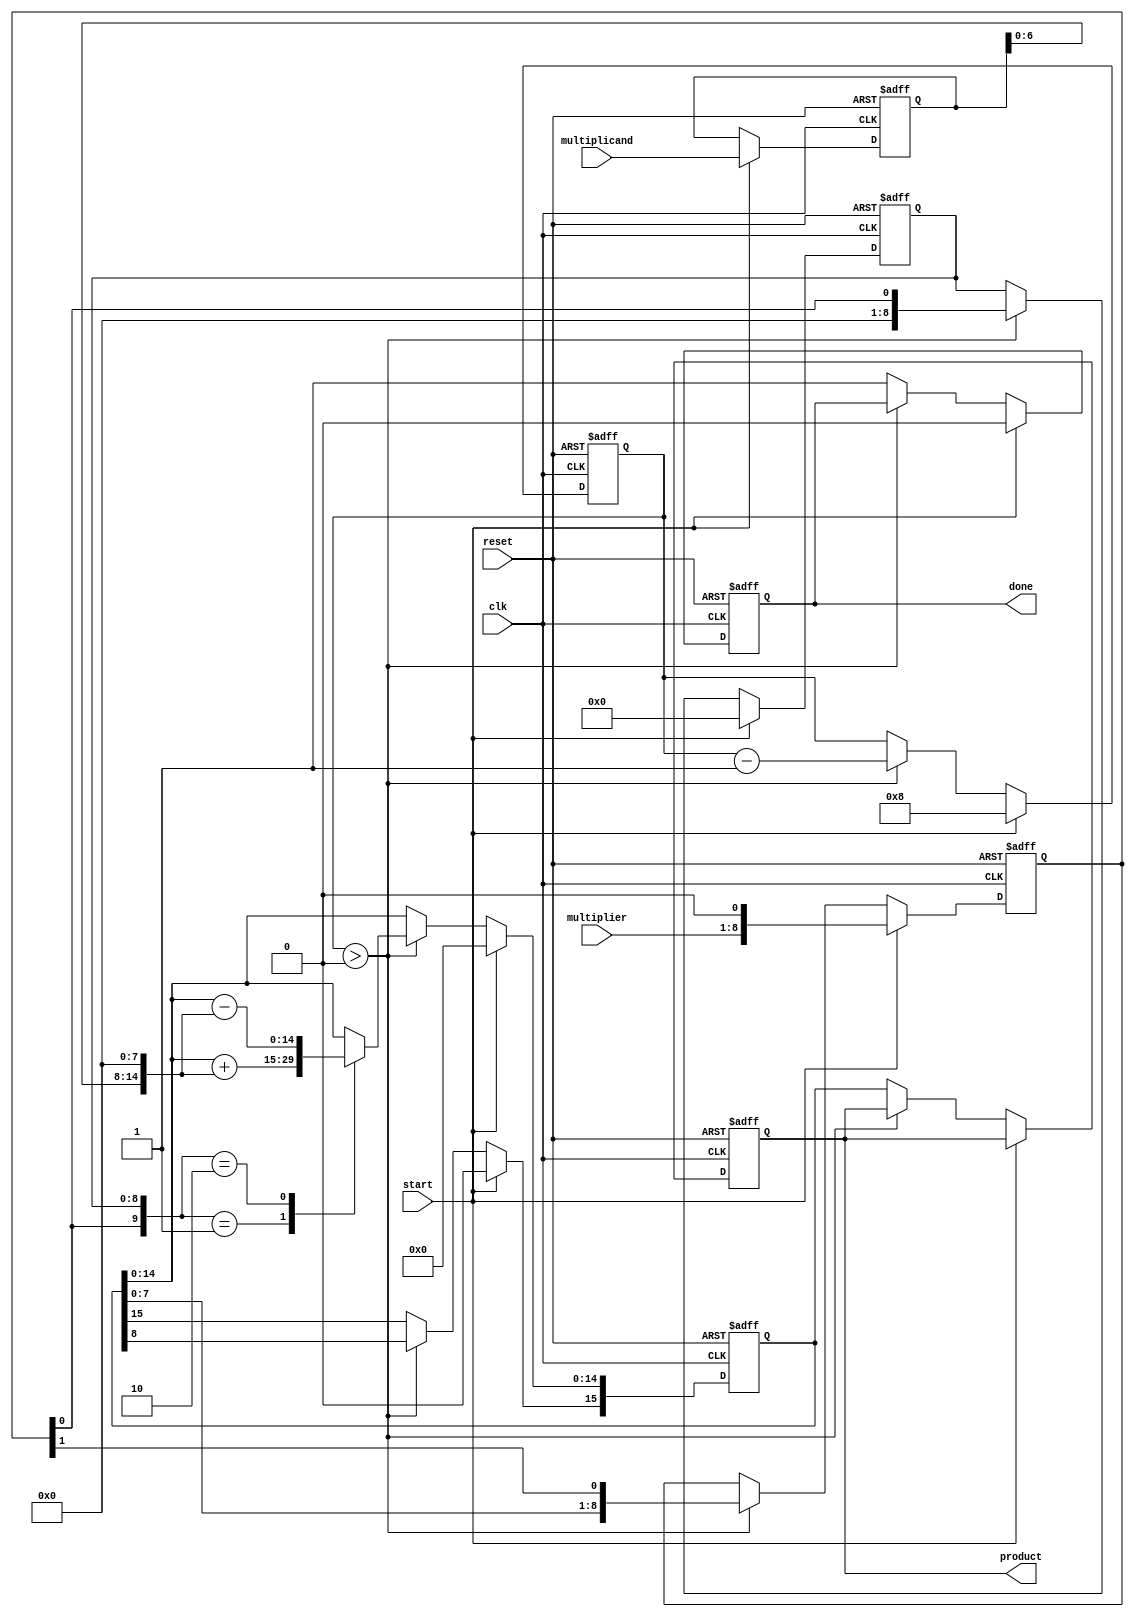
module ModifiedBoothMultiplier (
    input signed [n-1:0] multiplicand,  // n-bit signed multiplicand
    input signed [n-1:0] multiplier,     // n-bit signed multiplier
    output reg signed [2*n-1:0] product, // 2n-bit signed product
    input clk,
    input reset,
    input start,
    output reg done
);
    parameter n = 8; // Adjust n for required bit width

    reg [n-1:0] A;  // Multiplicand register
    reg [n:0] Q;    // Multiplier register (extended by 1 bit)
    reg [n:0] Q_1;  // Previous bit of Q
    reg [2*n-1:0] P; // Accumulator for partial products
    reg [3:0] count; // Count for the number of steps

    always @(posedge clk or posedge reset) begin
        if (reset) begin
            // Reset all registers
            A <= 0;
            Q <= 0;
            Q_1 <= 0;
            P <= 0;
            count <= 0;
            product <= 0;
            done <= 0;
        end else if (start) begin
            // Load inputs
            A <= multiplicand;
            Q <= {multiplier, 1'b0}; // Extend multiplier with 0
            Q_1 <= 1'b0; // Initialize Q-1
            P <= 0; // Clear product accumulator
            count <= n; // Set step count
            done <= 0;
        end else if (count > 0) begin
            // Booth's encoding and partial product generation
            case ({Q[0], Q_1}) 
                2'b00: begin
                    // Do nothing
                end
                2'b01: begin
                    // Add A to P
                    P <= P + {A, {n{1'b0}}}; // Shift A left by n (effectively multiplying by 2^n)
                end
                2'b10: begin
                    // Subtract A from P
                    P <= P - {A, {n{1'b0}}}; // Shift A left by n (effectively multiplying by 2^n)
                end
                2'b11: begin
                    // Do nothing
                end
            endcase

            // Arithmetic right shift
            {P[2*n-1], Q} <= {P[2*n-1], P[2*n-2:0], Q[1:0]} >> 1; // Shifting P and Q together
            Q_1 <= Q[0]; // Update Q-1
            count <= count - 1; // Decrement step count
        end else begin
            // Final product is in P
            product <= P;
            done <= 1; // Indicate multiplication done
        end
    end
endmodule